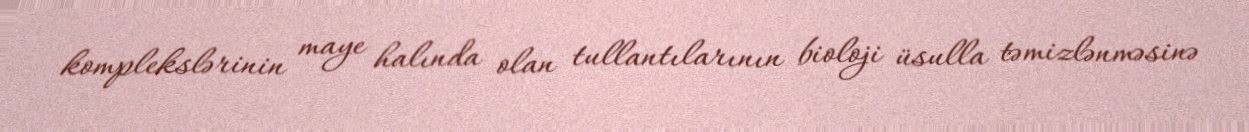
komplekslərinin maye halında olan tullantılarının bioloji üsulla təmizlənməsinə